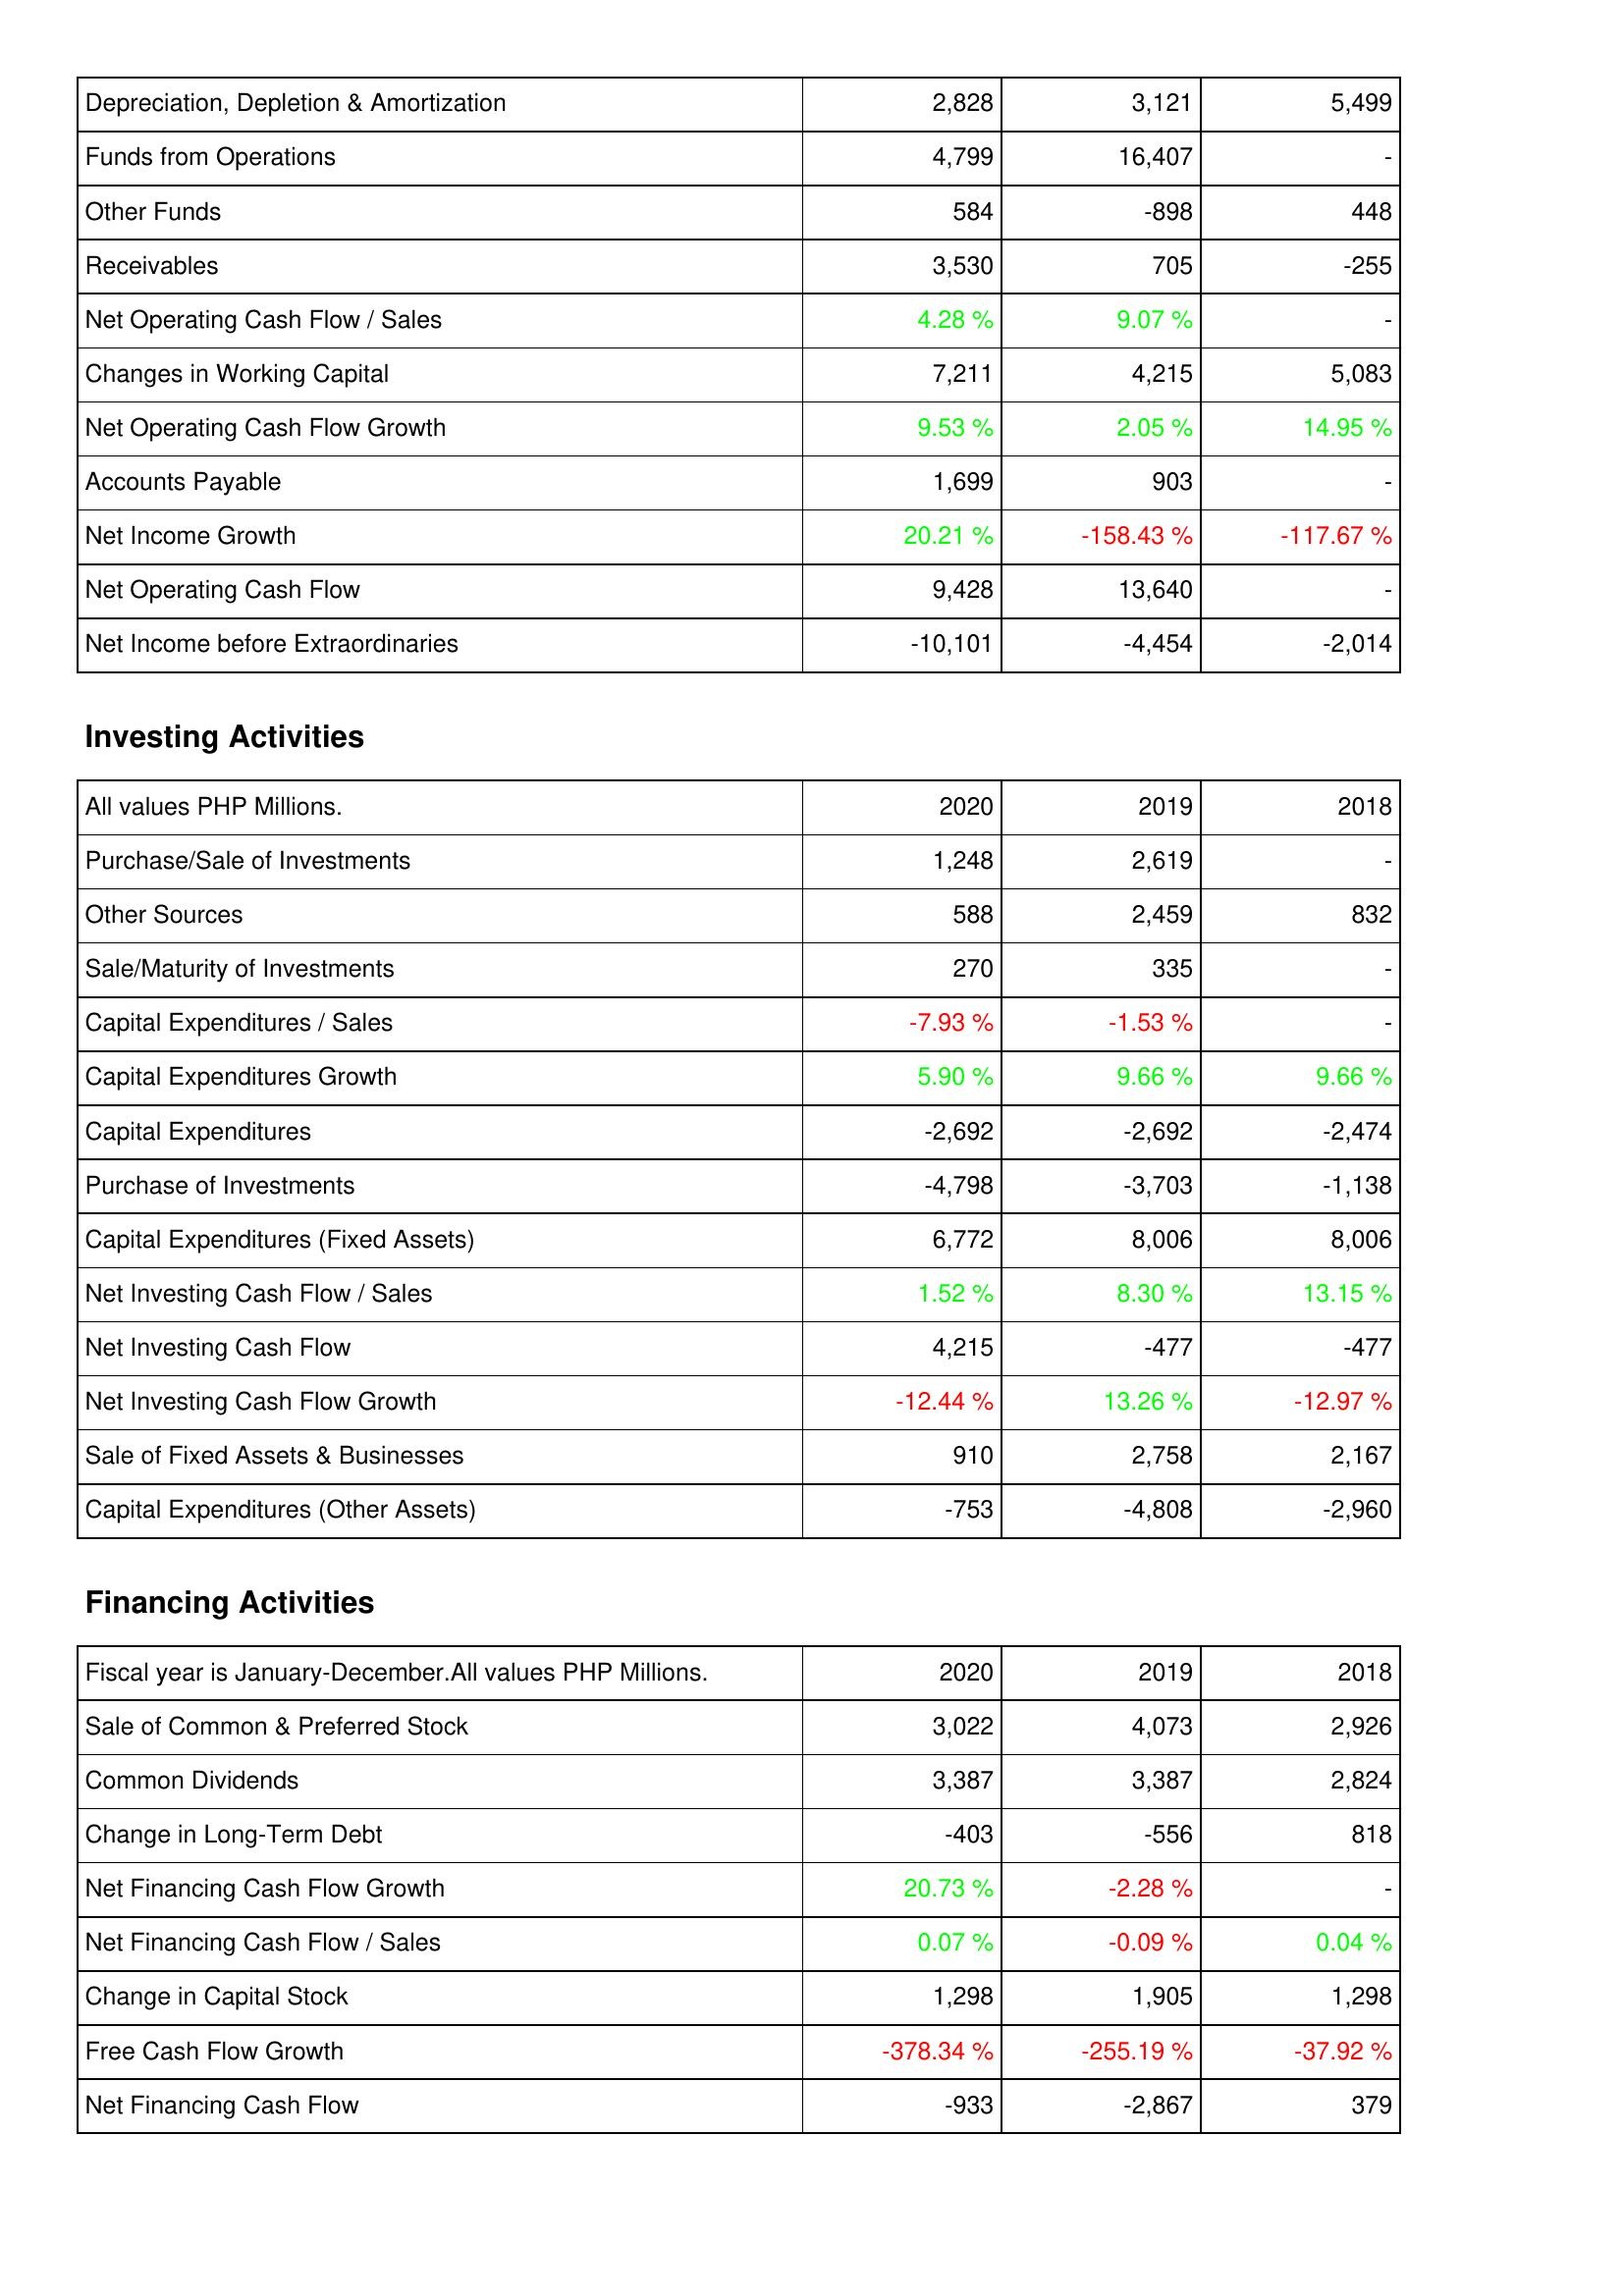
2020: Operating Activities: Depreciation, Depletion & Amortization: 2,828
Funds from Operations: 4,799
Other Funds: 584
Receivables: 3,530
Net Operating Cash Flow / Sales: 4.28 %
Changes in Working Capital: 7,211
Net Operating Cash Flow Growth: 9.53 %
Accounts Payable: 1,699
Net Income Growth: 20.21 %
Net Operating Cash Flow: 9,428
Net Income before Extraordinaries: -10,101
Investing Activities: Purchase/Sale of Investments: 1,248
Other Sources: 588
Sale/Maturity of Investments: 270
Capital Expenditures / Sales: -7.93 %
Capital Expenditures Growth: 5.90 %
Capital Expenditures: -2,692
Purchase of Investments: -4,798
Capital Expenditures (Fixed Assets): 6,772
Net Investing Cash Flow / Sales: 1.52 %
Net Investing Cash Flow: 4,215
Net Investing Cash Flow Growth: -12.44 %
Sale of Fixed Assets & Businesses: 910
Capital Expenditures (Other Assets): -753
Financing Activities: Sale of Common & Preferred Stock: 3,022
Common Dividends: 3,387
Change in Long-Term Debt: -403
Net Financing Cash Flow Growth: 20.73 %
Net Financing Cash Flow / Sales: 0.07 %
Change in Capital Stock: 1,298
Free Cash Flow Growth: -378.34 %
Net Financing Cash Flow: -933
2019: Operating Activities: Depreciation, Depletion & Amortization: 3,121
Funds from Operations: 16,407
Other Funds: -898
Receivables: 705
Net Operating Cash Flow / Sales: 9.07 %
Changes in Working Capital: 4,215
Net Operating Cash Flow Growth: 2.05 %
Accounts Payable: 903
Net Income Growth: -158.43 %
Net Operating Cash Flow: 13,640
Net Income before Extraordinaries: -4,454
Investing Activities: Purchase/Sale of Investments: 2,619
Other Sources: 2,459
Sale/Maturity of Investments: 335
Capital Expenditures / Sales: -1.53 %
Capital Expenditures Growth: 9.66 %
Capital Expenditures: -2,692
Purchase of Investments: -3,703
Capital Expenditures (Fixed Assets): 8,006
Net Investing Cash Flow / Sales: 8.30 %
Net Investing Cash Flow: -477
Net Investing Cash Flow Growth: 13.26 %
Sale of Fixed Assets & Businesses: 2,758
Capital Expenditures (Other Assets): -4,808
Financing Activities: Sale of Common & Preferred Stock: 4,073
Common Dividends: 3,387
Change in Long-Term Debt: -556
Net Financing Cash Flow Growth: -2.28 %
Net Financing Cash Flow / Sales: -0.09 %
Change in Capital Stock: 1,905
Free Cash Flow Growth: -255.19 %
Net Financing Cash Flow: -2,867
2018: Operating Activities: Depreciation, Depletion & Amortization: 5,499
Funds from Operations: -
Other Funds: 448
Receivables: -255
Net Operating Cash Flow / Sales: -
Changes in Working Capital: 5,083
Net Operating Cash Flow Growth: 14.95 %
Accounts Payable: -
Net Income Growth: -117.67 %
Net Operating Cash Flow: -
Net Income before Extraordinaries: -2,014
Investing Activities: Purchase/Sale of Investments: -
Other Sources: 832
Sale/Maturity of Investments: -
Capital Expenditures / Sales: -
Capital Expenditures Growth: 9.66 %
Capital Expenditures: -2,474
Purchase of Investments: -1,138
Capital Expenditures (Fixed Assets): 8,006
Net Investing Cash Flow / Sales: 13.15 %
Net Investing Cash Flow: -477
Net Investing Cash Flow Growth: -12.97 %
Sale of Fixed Assets & Businesses: 2,167
Capital Expenditures (Other Assets): -2,960
Financing Activities: Sale of Common & Preferred Stock: 2,926
Common Dividends: 2,824
Change in Long-Term Debt: 818
Net Financing Cash Flow Growth: -
Net Financing Cash Flow / Sales: 0.04 %
Change in Capital Stock: 1,298
Free Cash Flow Growth: -37.92 %
Net Financing Cash Flow: 379